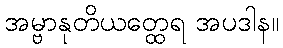
အမ္ဗာနုတိယတ္ထေရ အပဒါန။